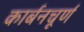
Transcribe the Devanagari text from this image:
कार्बनचूर्ण